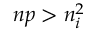
n p > n _ { i } ^ { 2 }